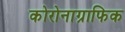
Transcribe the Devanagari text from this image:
कोरोनाग्राफिक